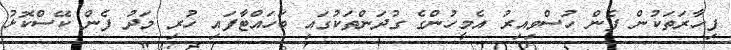
ފިހާރަތަކުން ފެން ހުސްވިއިރު އެމީހުންގެ ގުދަންތަކުގައި ބަހައްޓާފައި ހުރި މަދު ފެން ކޭސްކޮޅު